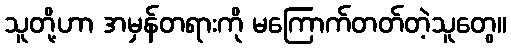
သူတို့ဟာ အမှန်တရားကို မကြောက်တတ်တဲ့သူတွေ။